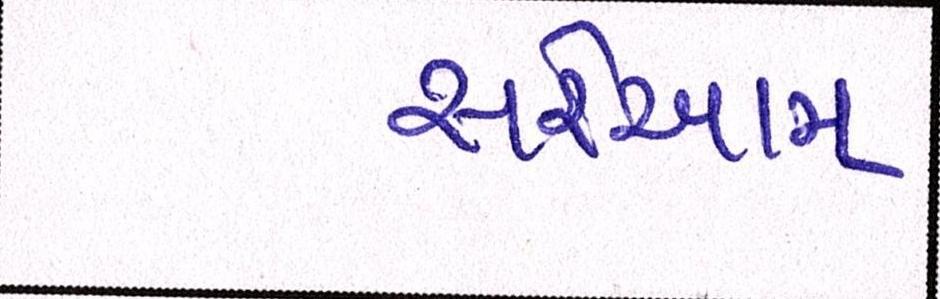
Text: સરેઆમ